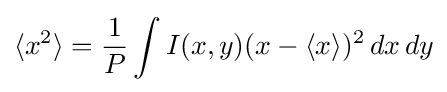
\langle x^{2}\rangle ={\frac {1}{P}}\int I(x,y)(x-\langle x\rangle )^{2}\,dx\,dy